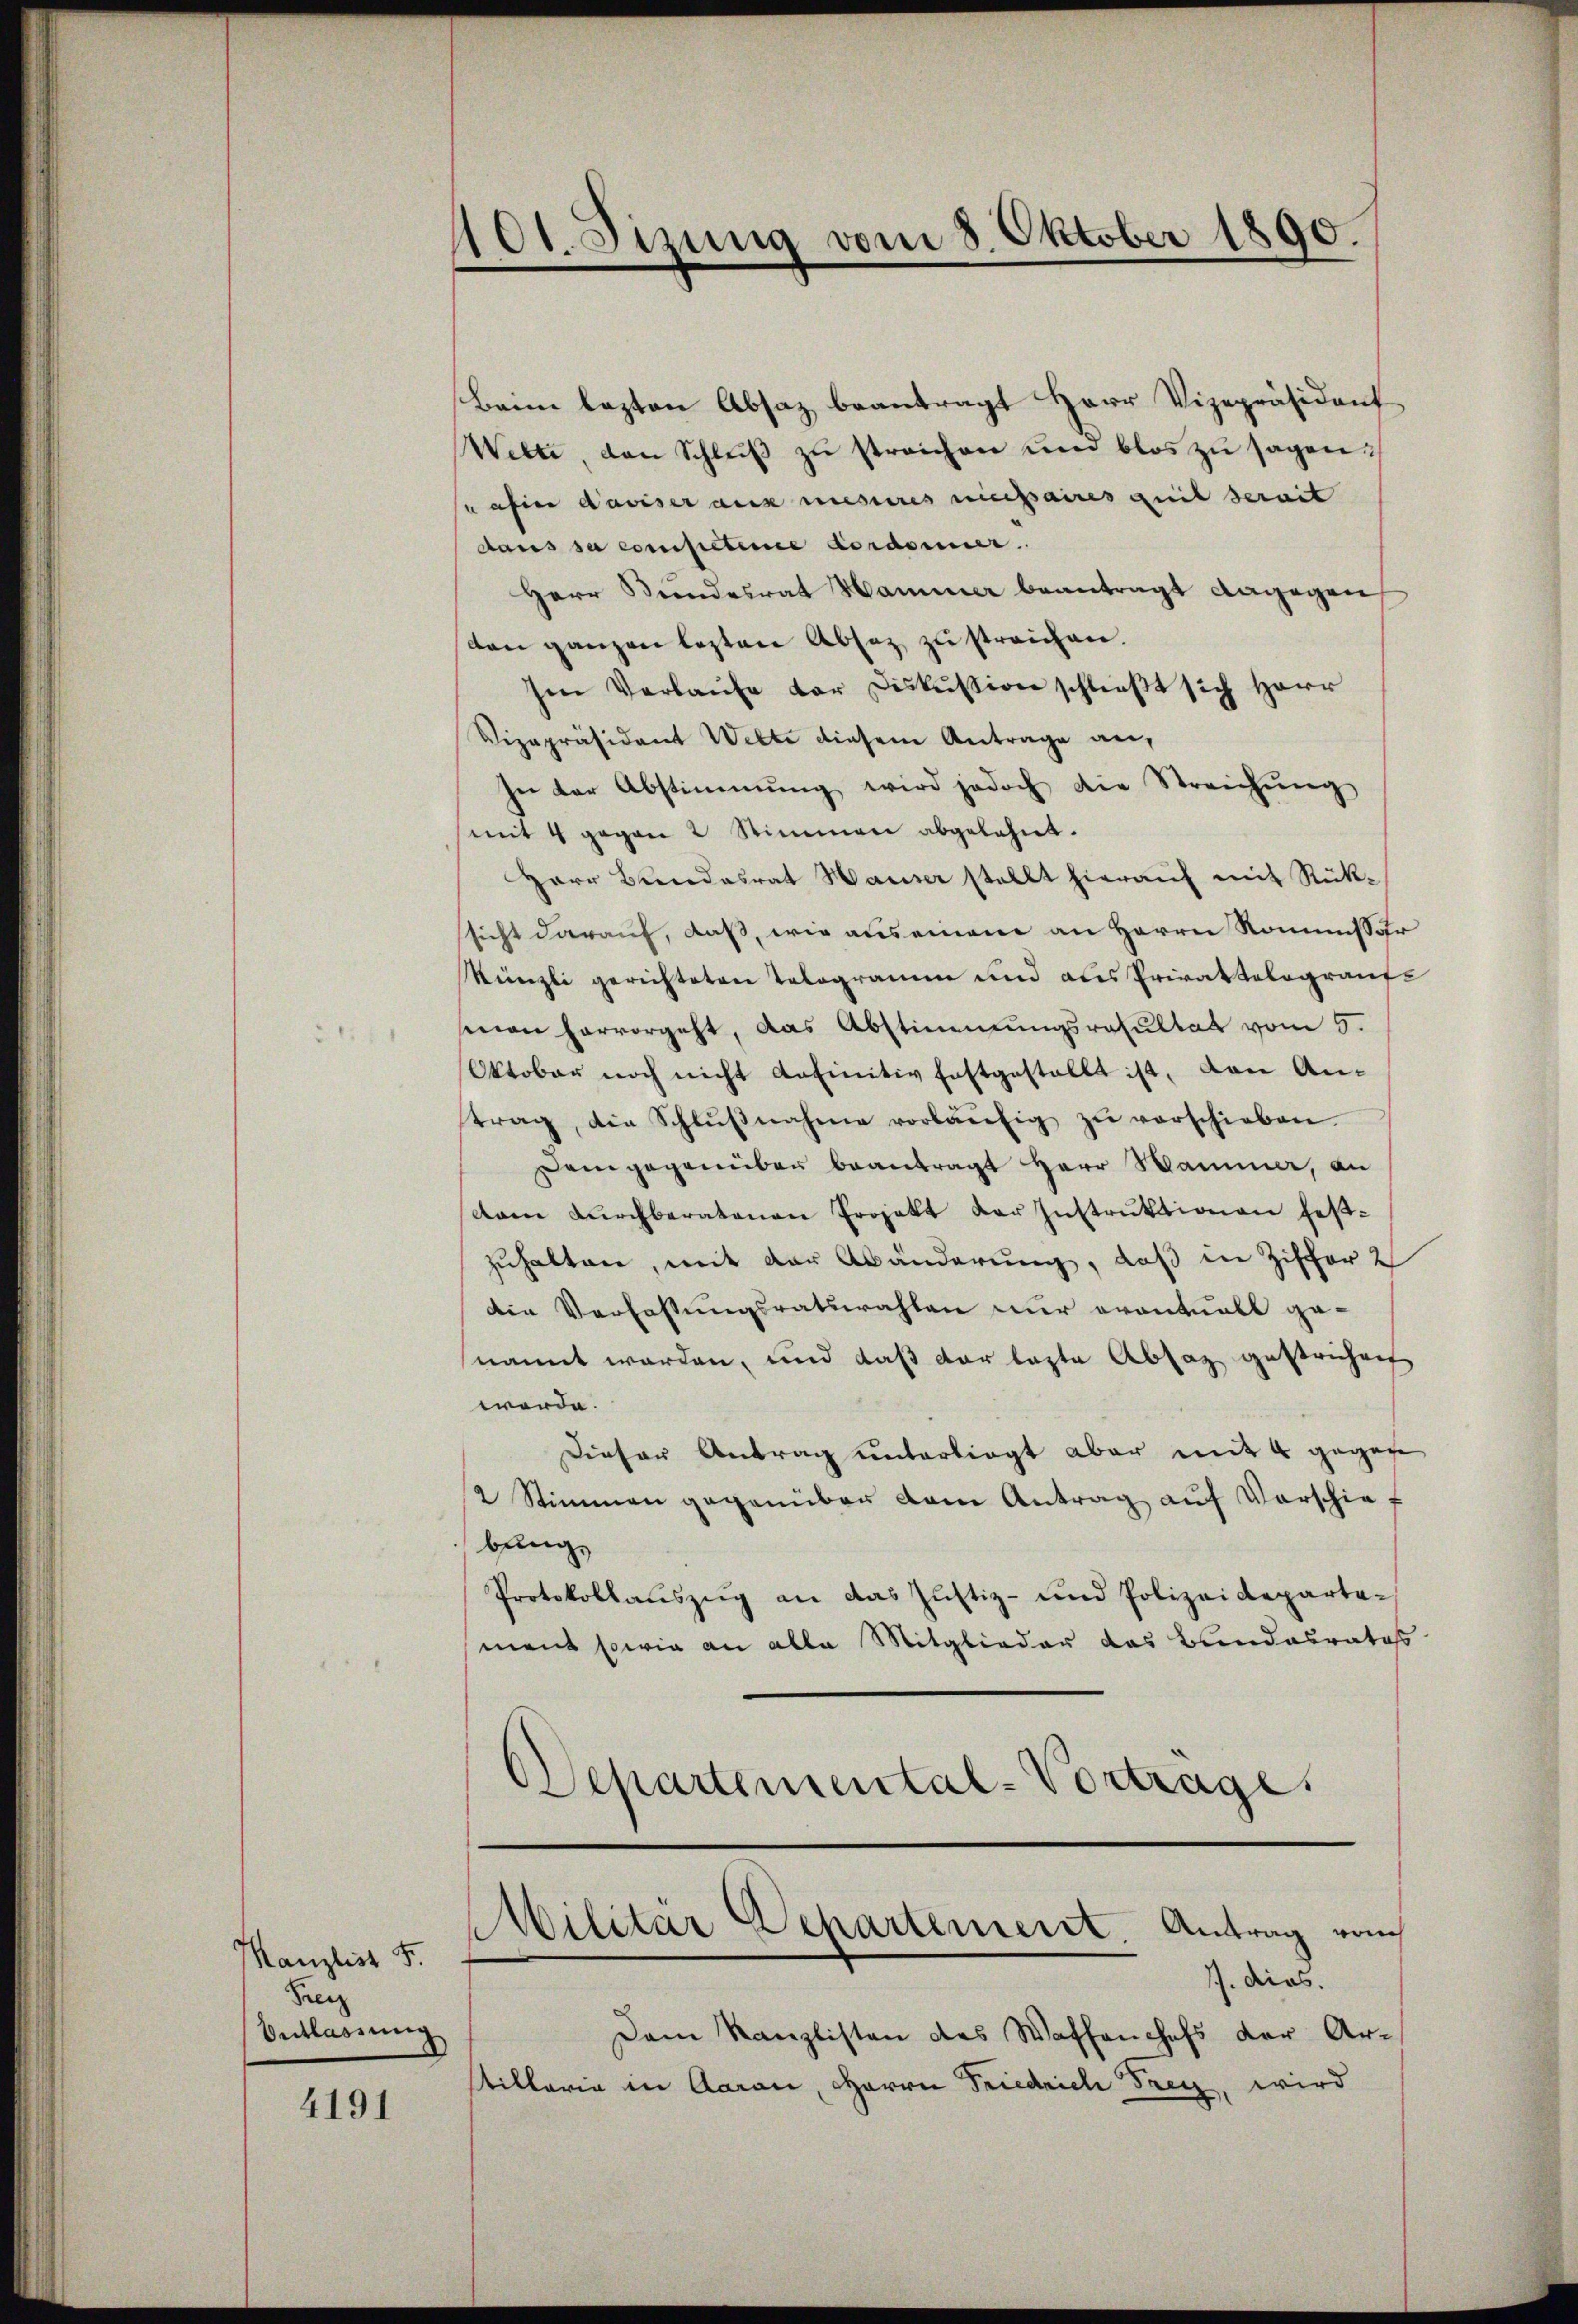
Manzlist S.
Freiz
Entlassung

4191

101. Sitzung vom 8. Oktober 1890.

Beim lezten Absaz beantragt Herr Vizepräsident
Wette, den Schlŭβ zŭ streichen und blos zŭ sagen.
nafin daviser aus mesures niessaires quit serait
daus sa competene Cordonner
Herr Beendesrat Hammer beantragt dagegen
den ganzen lezten Absaz zu streichen.
sen Verlaufe der Diskussion schließt sich Herr
Vizepräsident Welte diesem Antrage an,
In der Abstimmung wird jedoch die Streichŭng
mit 4 gegen 2 Stimmen abgelehnt.
Herr Bundesrat Hauser stellt hieraŭf mit Rück-
sicht darauf, daß, wie auseinem an Herrn Kommissor
Künzli gerichteten Telegramm und als Privatkolograuf
man hervorgeht, das Abstimmungsresultat vom 5.
Oktober noch nicht definitiv festgestellt ist, von An-
trag, die Schlŭβnahme vorläŭfig zŭ verschieben.
Demgegenüber beantragt Herr Sammer, an
dam Dŭrchberatonen Projekt der Instruktionen festzuhalten, mit der Abänderung, daß in Ziffer 2
die Verfassungsratswahlen nur eventuell genannt worden, und daß der laste Absaz gestrichen
werde.
Dieser Antrag unterliegt aber mit 4 gegen
2 Stimmen gegenüber dem Antrag aŭf Vorschief
bung,
Protokollauszug an das Justiz- und Polizeidepartement sowie an alle Mitglieder das Bundesrates
Departemental-Vortrage

MMilitär Departement Antrag von
J. dies.

Dem Kanzlisten des Waffenchefs der Ar-
tillaria in Aarau, Herrn Friedrich Frey, wird